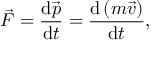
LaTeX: { \vec { F } } = { \frac { \mathrm { d } { \vec { p } } } { \mathrm { d } t } } = { \frac { \mathrm { d } \left( m { \vec { v } } \right) } { \mathrm { d } t } } ,